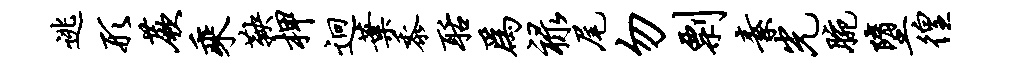
逃形蕨乘鞅柙迥叶黍聒为禄尾勿剽素光腕堕徨